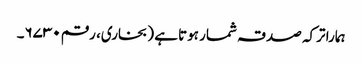
ہمارا ترکہ صدقہ شمار ہوتا ہے (بخاری، رقم ۶۷۳۰۔